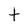
Character: t